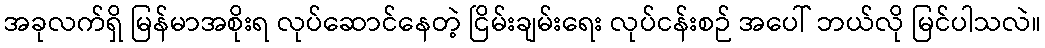
အခုလက်ရှိ မြန်မာအစိုးရ လုပ်ဆောင်နေတဲ့ ငြိမ်းချမ်းရေး လုပ်ငန်းစဉ် အပေါ် ဘယ်လို မြင်ပါသလဲ။